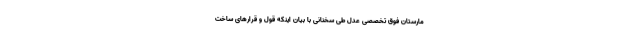
مارستان فوق تخصصی عدل طی سخنانی با بیان اینکه قول و قرار‌های ساخت